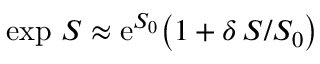
\exp \, S \approx \mathrm { e } ^ { S _ { 0 } } \big ( 1 + \delta \, S / S _ { 0 } \big )